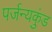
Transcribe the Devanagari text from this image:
पर्जन्यकुंड